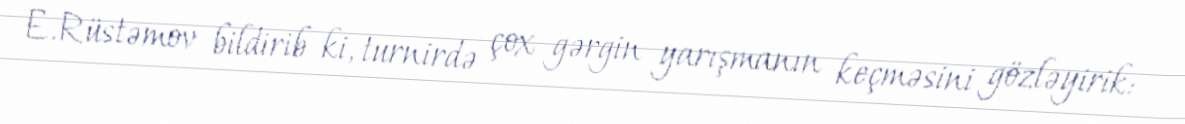
E.Rüstəmov bildirib ki, turnirdə çox gərgin yarışmanın keçməsini gözləyirik: